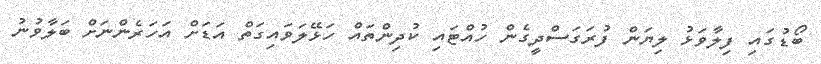
ބޯޑުގައި ފިލާވަޅު ލިޔަން ފުރަގަސްދީގެން ހުއްޓައި ކުދިންތައް ހަޅޭލަވައިގަތް އަޑަށް އަހަރެންނަށް ބަލާވުނު